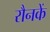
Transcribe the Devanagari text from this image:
रौनकें